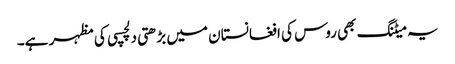
یہ میٹنگ بھی روس کی افغانستان میں بڑھتی دلچسپی کی مظہر ہے۔